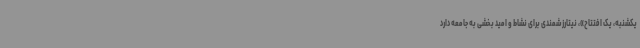
یکشنبه، یک افتتاح»، نیتارزشمندی برای نشاط و امید بخشی به جامعه دارد